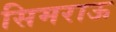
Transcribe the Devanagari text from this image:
सिमराऊ